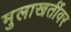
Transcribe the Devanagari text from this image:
मुलाखतींवर